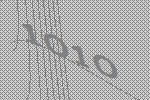
1010